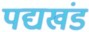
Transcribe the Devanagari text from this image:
पद्यखंड